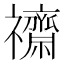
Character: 𮂧